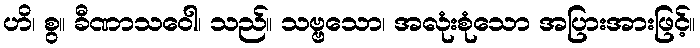
ဟိ၊ စွ။ ခီဏာသဝေါ၊ သည်။ သဗ္ဗသော၊ အလုံးစုံသော အပြားအားဖြင့်။